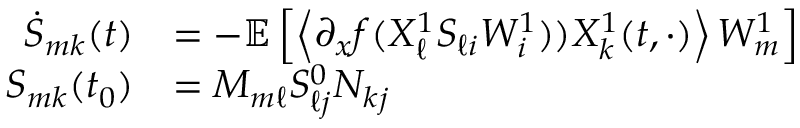
\begin{array} { r l } { \dot { S } _ { m k } ( t ) } & { = - \mathbb { E } \left[ \left\langle \partial _ { x } f ( X _ { \ell } ^ { 1 } S _ { \ell i } W _ { i } ^ { 1 } ) ) X _ { k } ^ { 1 } ( t , \cdot ) \right\rangle W _ { m } ^ { 1 } \right] } \\ { S _ { m k } ( t _ { 0 } ) } & { = M _ { m \ell } S _ { \ell j } ^ { 0 } N _ { k j } } \end{array}